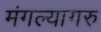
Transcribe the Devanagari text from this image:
मंगल्यागरु